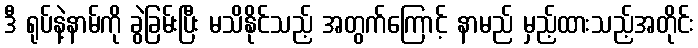
ဒီ ရုပ်နဲ့နာမ်ကို ခွဲခြမ်းပြီး မသိနိုင်သည့် အတွက်ကြောင့် နာမည် မှည့်ထားသည့်အတိုင်း